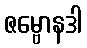
ဇမ္ဗောနဒါ